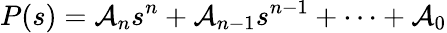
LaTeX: P(s)=\mathcal{A}_{n}s^{n}+\mathcal{A}_{n-1}s^{n-1}+\cdots+\mathcal{A}_{0}